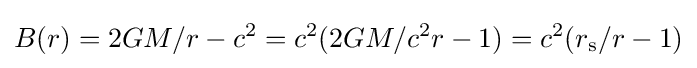
B(r)=2GM/r-c^{2}=c^{2}(2GM/c^{2}r-1)=c^{2}(r_{\text{s}}/r-1)